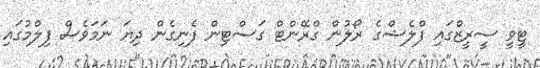
ޓީވީ ސީރީޒްގައި ފްލެޝްގެ ރޯލުން ގްރޭންޓް ގަސްޓިން ފެނިގެން ދިޔަ ނަމަވެސް ފިލްމުގައި